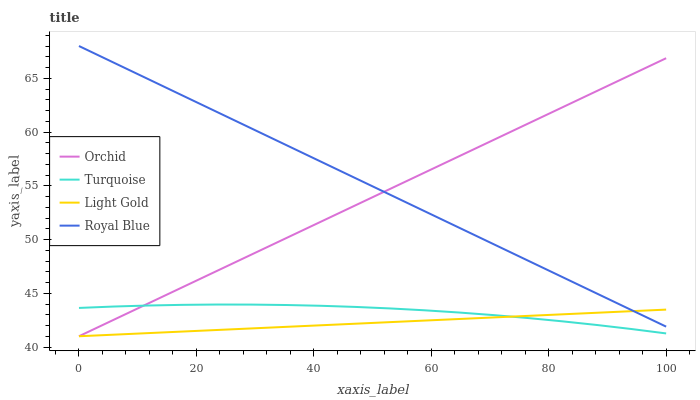
| xaxis_label | Orchid | Turquoise | Light Gold | Royal Blue |
 | --- | --- | --- | --- | --- |
 | 0 | 41 | 43.6 | 41 | 68 |
 | 5.88 | 42.5 | 43.8 | 41.1 | 66.5 |
 | 11.8 | 44 | 43.9 | 41.3 | 64.9 |
 | 17.6 | 45.6 | 43.9 | 41.4 | 63.4 |
 | 23.5 | 47.1 | 44 | 41.6 | 61.9 |
 | 29.4 | 48.6 | 43.9 | 41.7 | 60.3 |
 | 35.3 | 50.1 | 43.9 | 41.9 | 58.8 |
 | 41.2 | 51.7 | 43.8 | 42 | 57.3 |
 | 47.1 | 53.2 | 43.7 | 42.2 | 55.7 |
 | 52.9 | 54.7 | 43.6 | 42.3 | 54.2 |
 | 58.8 | 56.2 | 43.4 | 42.5 | 52.6 |
 | 64.7 | 57.7 | 43.2 | 42.6 | 51.1 |
 | 70.6 | 59.3 | 43 | 42.7 | 49.6 |
 | 76.5 | 60.8 | 42.7 | 42.9 | 48 |
 | 82.4 | 62.3 | 42.4 | 43 | 46.5 |
 | 88.2 | 63.8 | 42 | 43.2 | 45 |
 | 94.1 | 65.3 | 41.7 | 43.3 | 43.4 |
 | 100 | 66.9 | 41.3 | 43.5 | 41.9 |